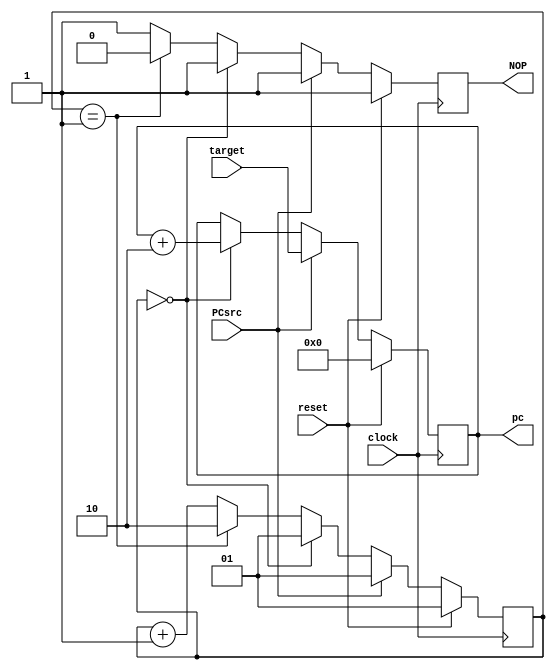
// EE 361
// LEGLite
// 
// * PC and PC Control:  Program Counter and
//         the PC control logic

//--------------------------------------------------------------
// PC and PC Control
module PCLogic(
		pc,		// current pc value
		clock,	// clock input
		target,	// from sign extend circuit
		PCsrc,
		NOP,
		reset		// reset input
		);


output [15:0] pc;
output NOP;
input clock;
input reset;
input PCsrc;
input [15:0] target;

reg [15:0] pc; 
reg [1:0] state;
wire [15:0] target;
reg NOP;
wire PCsrc;

												    
// Program counter pc is updated
//   * if reset = 0 then pc = 0
//   * otherwise pc = pc +2
// What's missing is how pc is updated when a branch occurs

always @(posedge clock)
	begin
	if (reset==1) 
        begin
           pc <= 0;
           state <= 1;
           NOP <= 1;
        end
	else if (PCsrc == 1) 
        begin 
           pc <= target;
           state <= 1;
           NOP <= 1;
        end
	else if (state == 0) 
        begin 
            pc <= pc+2;
            state <= 1;
            NOP <= 1;
        end
    else if (state == 1)
        begin
            pc <= pc;
            NOP <= 0;
            state <= 2;
        end
    else
        begin
            pc <= pc;
            NOP <= 1;
            state <= state + 1;
        end
	end
		
endmodule